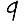
Digit: 9